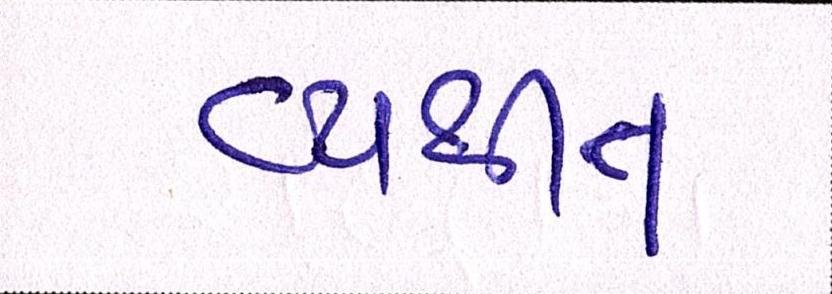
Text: વ્યથીત